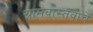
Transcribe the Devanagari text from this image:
ग्रामवास्तवाचे